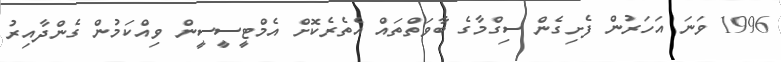
1996 ވަނަ އަހަރުން ފެށިގެން ސިގްމާގެ ބާވަތްތައް އެތެރެކޮށް އެމްޓީސީސީން ވިއްކަމުން ގެންދާއިރު